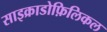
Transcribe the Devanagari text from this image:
साइक्राडोफ़िलिकल